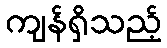
ကျန်ရှိသည့်